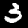
Label: 3